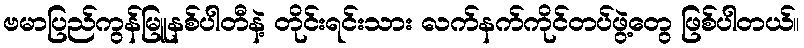
ဗမာပြည်ကွန်မြူနစ်ပါတီနဲ့ တိုင်းရင်းသား လက်နက်ကိုင်တပ်ဖွဲ့တွေ ဖြစ်ပါတယ်။